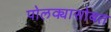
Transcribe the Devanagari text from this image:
पोलक्यासोबत